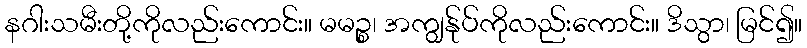
နဂါးသမီးတို့ကိုလည်းကောင်း။ မမဉ္စ၊ အကျွန်ုပ်ကိုလည်းကောင်း။ ဒိသွာ၊ မြင်၍။